Vaccination in Bombay 1924-1928 - 1924-1928
Year: 1924
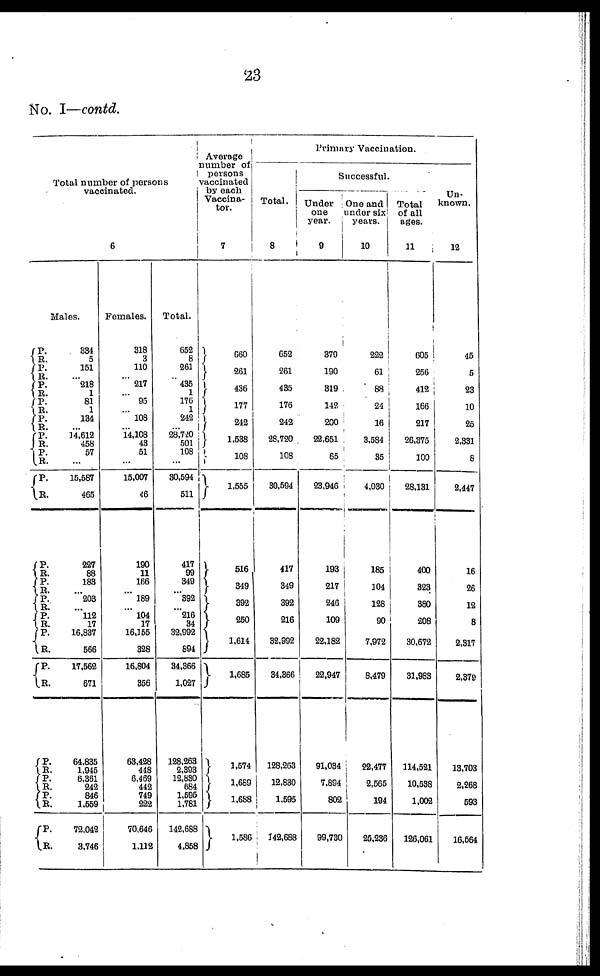
23
No. I—contd.
Total number of persons
vaccinated.
6
Males.
P.
R.
P.
R.
P.
R.
P.
R.
P.
R.
P.
R.
P.
R.
P.
R.
P.
R.
P.
R.
P.
R.
P.
R.
P.
R.
P.
R.
P.
R.
P.
R.
P.
R.
P.
R.
334
5
151
... 218
1
81
1
134
... 14,612
458
57
...
15,587
465
227
88
183
... 203
... 112
17
16,837
566
17,562
671
64,835
1,945
6,361
242
846
1,559
72,042
3,746
Females.
318
3
110
...
217
...
95
...
108
... 14,108
43
51
...
15,007
46
190
11
166
...
189
...
104
17
16,155
328
16,804
356
63,428
448
6,469
442
749
222
70,646
1,112
Total.
652
8
261
... 435
1
176
1
242
...
28,720
501
108
...
30,594
511
417
99
349
... 392
... 216
34
32,992
894
34,366
1,027
128,263
2,393
12,830
684
1,595
1,781
142,688
4,858
Average
number of
persons
vaccinated
by each
Vaccina-
tor.
7
660
261
436
177
242
1,538
108
1,555
516
349
392
250
1,614
1,685
1,574
1,689
1,688
1,586
Primary Vaccination.
Total.
8
652
261
435
176
242
28,720
108
30,594
417
349
392
216
32,992
34,366
128,263
12,830
1,595
142,688
Successful.
Under
one
year.
9
379
190
319
142
200
22,651
65
23,946
193
217
246
109
22,182
22,947
91,034
7,894
802
99,730
One and
under six
years.
10
222
61
88
24
16
3,584
35
4,030
185
104
128
90
7,972
8,479
22,477
2,565
194
25,236
Total
of all
ages.
11
605
256
412
166
217
26,375
100
28,131
400
323
380
208
30,672
31,983
114,521
10,538
1,002
126,061
Un-
known.
12
45
5
23
10
25
2,331
8
2,447
16
26
12
8
2,317
2,379
13,703
2,268
593
16,564